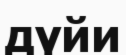
дүйи